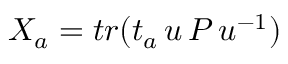
X _ { a } = t r ( t _ { a } \, u \, P \, u ^ { - 1 } )